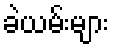
ခဲယမ်းများ